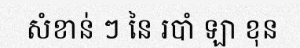
សំខាន់ ៗ នៃ របាំ ឡា ខុន